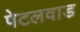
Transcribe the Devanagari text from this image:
पेटलवाड